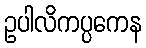
ဥပါလိကပ္ပကေန